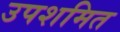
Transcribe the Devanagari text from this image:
उपशमित